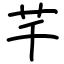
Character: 芊